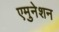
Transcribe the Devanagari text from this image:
एमुनेशन